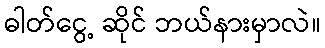
ဓါတ်ငွေ့ ဆိုင် ဘယ်နားမှာလဲ။